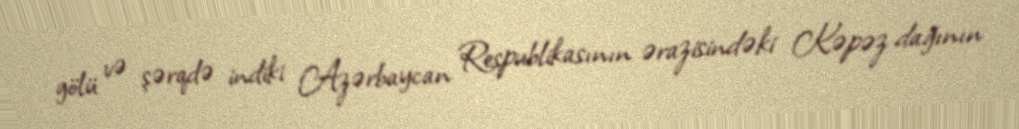
gölü və şərqdə indiki Azərbaycan Respublikasının ərazisindəki Kəpəz dağının